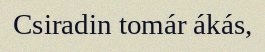
Csiradin tomár ákás,